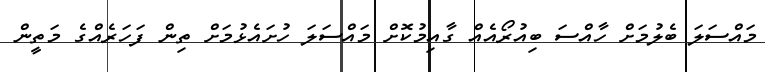
މައްސަލަ ބެލުމަށް ހާއްސަ ބިއުރޯއެއް ގާއިމުކޮށް މައްސަލަ ހުށައެޅުމަށް ތިން ފަހަރެއްގެ މަތީން